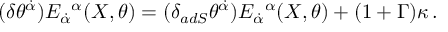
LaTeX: ( \delta \theta ^ { \dot { \alpha } } ) E _ { \dot { \alpha } } { } ^ { \alpha } ( X , \theta ) = ( \delta _ { a d S } \theta ^ { \dot { \alpha } } ) E _ { \dot { \alpha } } { } ^ { \alpha } ( X , \theta ) + ( 1 + \Gamma ) \kappa \, .